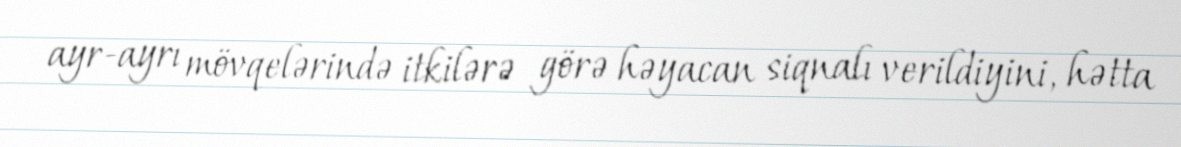
ayr-ayrı mövqelərində itkilərə görə həyacan siqnalı verildiyini, hətta